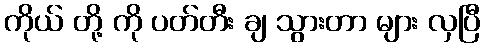
ကိုယ် တို့ ကို ပတ်တီး ချ သွားတာ များ လှပြီ